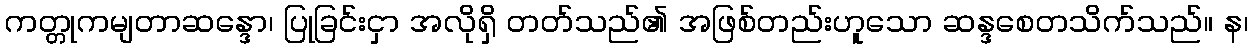
ကတ္တုကမျတာဆန္ဒော၊ ပြုခြင်းငှာ အလိုရှိ တတ်သည်၏ အဖြစ်တည်းဟူသော ဆန္ဒစေတသိက်သည်။ န၊